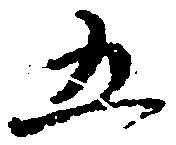
五